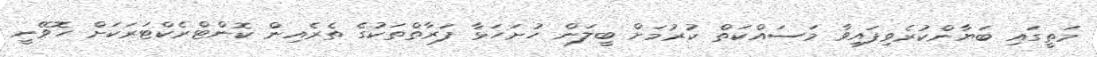
މަތީގައި ބަޔާންކުރެވިފައިވާ މަސައްކަތް ކުރުމަށް ބީލަން ހުށަހަޅާ ފަރާތްތަކުގެ ތެރެއިން ކޮންޓްރެކްޓަރަކަށް ހޮވޭނީ